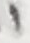
1